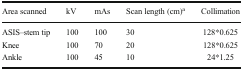
<table><thead><tr><td><b>Area scanned</b></td><td><b>kV</b></td><td><b>mAs</b></td><td><b>Scan length (cm)<sup>a</sup></b></td><td><b>Collimation</b></td></tr></thead><tbody><tr><td>ASIS–stem tip</td><td>100</td><td>100</td><td>30</td><td>128*0.625</td></tr><tr><td>Knee</td><td>100</td><td>70</td><td>20</td><td>128*0.625</td></tr><tr><td>Ankle</td><td>100</td><td>45</td><td>10</td><td>24*1.25</td></tr></tbody></table>